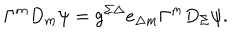
LaTeX: \Gamma ^ { m } D _ { m } \psi = g ^ { \Sigma \Delta } e _ { \Delta m } \Gamma ^ { m } D _ { \Sigma } \psi .